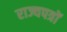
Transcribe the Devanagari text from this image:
राज्यपत्रों